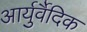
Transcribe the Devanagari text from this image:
आर्युर्वैदिक